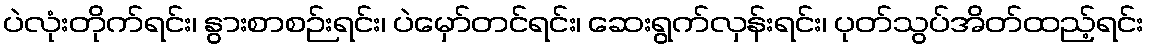
ပဲလုံးတိုက်ရင်း၊ နွားစာစဉ်းရင်း၊ ပဲမှော်တင်ရင်း၊ ဆေးရွက်လှန်းရင်း၊ ပုတ်သွပ်အိတ်ထည့်ရင်း